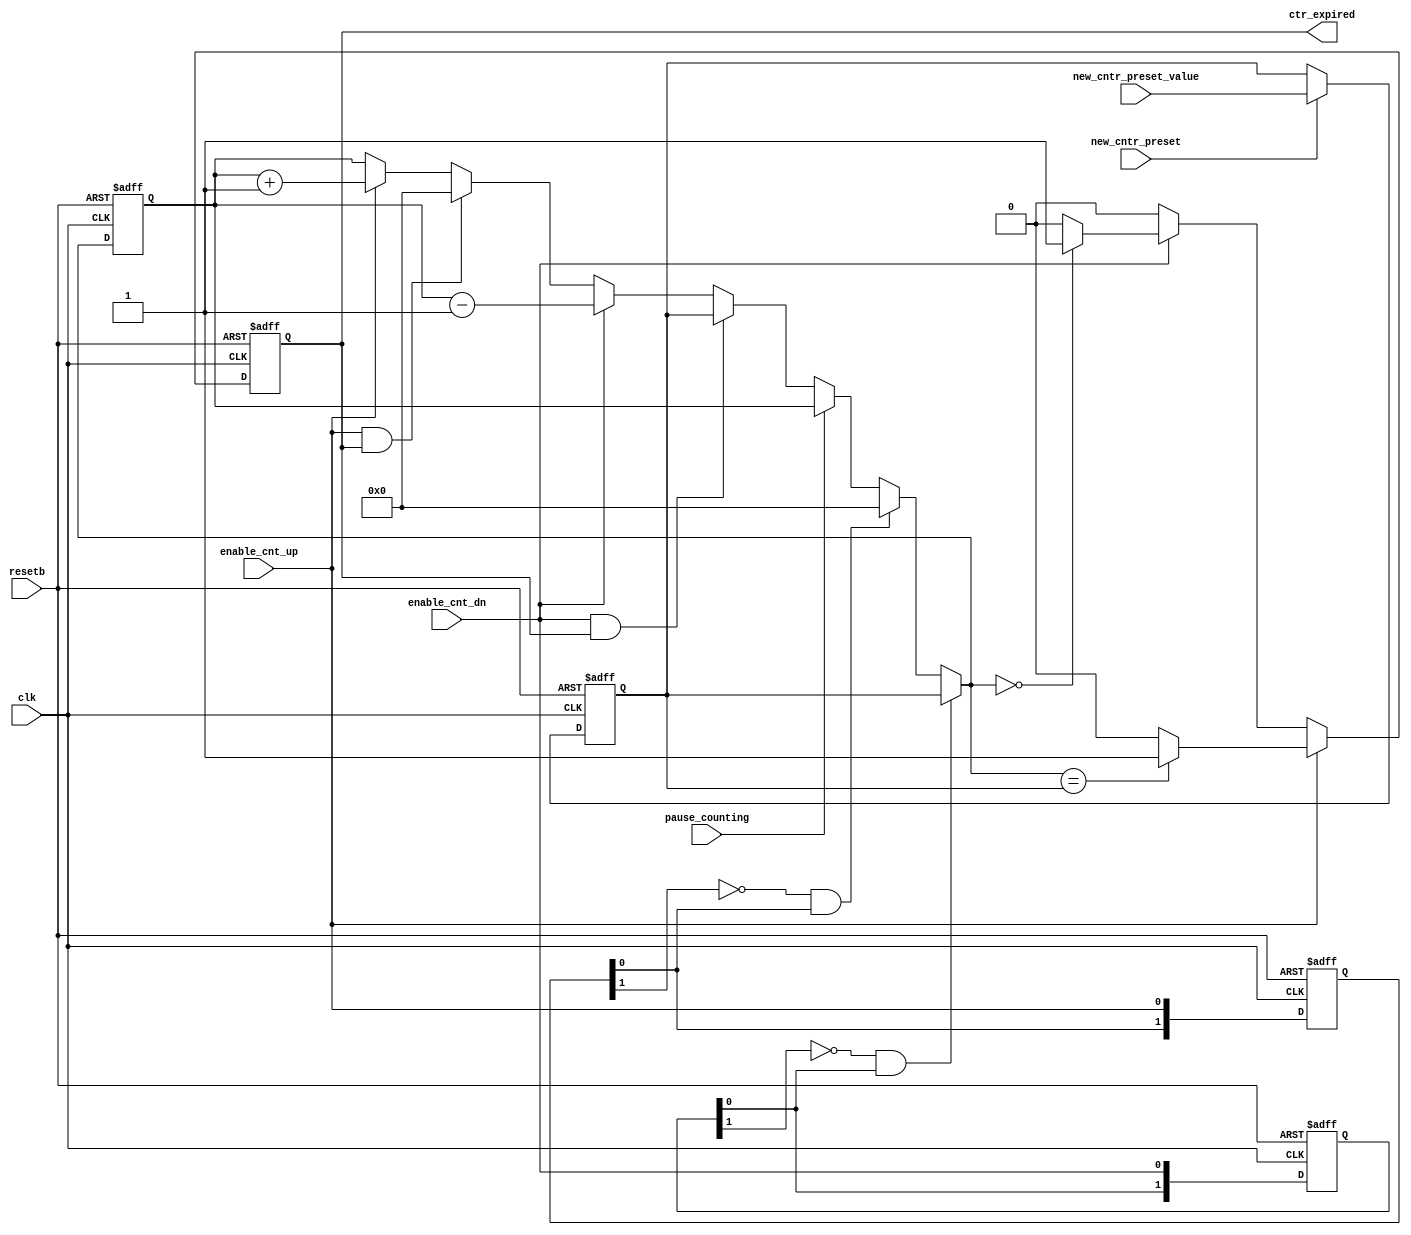
// *********************************************************************************
// Project Name : 
// Email        : 
// Website      : 
// Create Time  : 201// 
// Module Name  : 
// Abstract     :
// editor		: sublime text 3
// *********************************************************************************
// Modification History:
// Date         By              Version                 Change Description
// -----------------------------------------------------------------------
// 201//    Crazy Cao           1.0                     Original
//  
// *********************************************************************************
`timescale      1ns/1ns
module verset_updown_counter2
		(clk,
		resetb,
		new_cntr_preset,
		new_cntr_preset_value,
		enable_cnt_up,
		enable_cnt_dn,
		pause_counting,
		ctr_expired);
//##############################################################################
input				clk;
input				resetb;
input				new_cntr_preset;
input	[7:0]		new_cntr_preset_value;
input				enable_cnt_dn;
input				enable_cnt_up;
input				pause_counting;
output				ctr_expired;
reg		[7:0]		count255, count255_nxt;
reg		[7:0]		cnt_preset_stored;
wire		[7:0]		cnt_preset_stored_nxt;
reg					ctr_expired;
wire				ctr_expired_nxt, cnt_up_expired, cnt_dn_expired;
reg		[1:0]		enable_cnt_dn_d1, enable_cnt_up_d1;
wire				enable_cnt_up_risedge, enable_cnt_dn_risedge;

//############################################################################
assign enable_cnt_dn_risedge = !enable_cnt_dn_d1[1] & enable_cnt_dn_d1[0];
assign enable_cnt_up_risedge = !enable_cnt_up_d1[1] & enable_cnt_up_d1[0];

assign cnt_preset_stored_nxt = (new_cntr_preset) ? new_cntr_preset_value: cnt_preset_stored;

assign cnt_up_expired  = (count255_nxt == cnt_preset_stored) ? 1'b1 : 1'b0;
assign cnt_dn_expired  = (count255_nxt == 'd0) ? 1'b1 : 1'b0;
assign ctr_expired_nxt = (enable_cnt_up) ? cnt_up_expired :
											((enable_cnt_dn)? cnt_dn_expired : 1'b0);

always @(*) begin
	count255_nxt = count255;

	if(enable_cnt_dn_risedge)
		count255_nxt	= cnt_preset_stored;
	else if(enable_cnt_up_risedge)
		count255_nxt	= 'd0;
	else if(pause_counting)
		count255_nxt	= count255;
	else if(enable_cnt_dn && ctr_expired)
		count255_nxt	= cnt_preset_stored;
	else if(enable_cnt_dn)
		count255_nxt	= count255 - 1'b1;
	else if(enable_cnt_up && ctr_expired)
		count255_nxt	= 'd0;
	else if(enable_cnt_up)
		count255_nxt	= count255 + 1'b1;
end

always @(posedge clk or negedge resetb) begin
	if(!resetb) begin
		count255 			<= 'd0;
		cnt_preset_stored 	<= 'd0;
		ctr_expired 		<= 1'b0;
		enable_cnt_up_d1 	<= 2'd0;
		enable_cnt_dn_d1	<= 2'd0;
	end
	else begin
		count255 			<= count255_nxt;
		cnt_preset_stored 	<= cnt_preset_stored_nxt;
		ctr_expired 		<= ctr_expired_nxt;
		enable_cnt_dn_d1 	<= {enable_cnt_dn_d1[0], enable_cnt_dn};
		enable_cnt_up_d1    <= {enable_cnt_up_d1[0], enable_cnt_up};
	end
end

endmodule